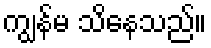
ကျွန်မ သိနေသည်။